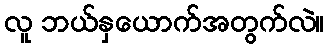
လူ ဘယ်နှယောက်အတွက်လဲ။